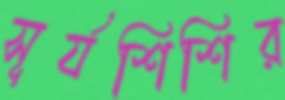
সূর্যশিশির